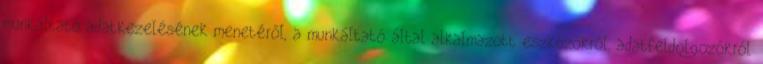
munkáltató adatkezelésének menetéről, a munkáltató által alkalmazott eszközökről, adatfeldolgozókról